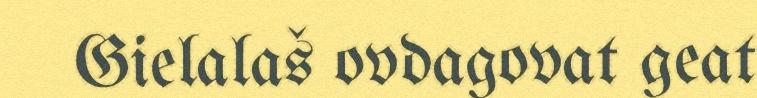
Gielalaš ovdagovat geat